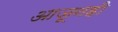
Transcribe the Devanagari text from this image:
आजूनही